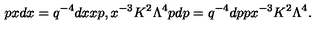
p x d x = q ^ { - 4 } d x x p , x ^ { - 3 } K ^ { 2 } \Lambda ^ { 4 } p d p = q ^ { - 4 } d p p x ^ { - 3 } K ^ { 2 } \Lambda ^ { 4 } .